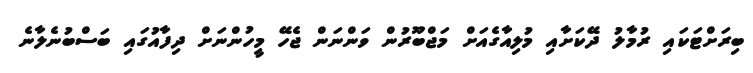
ބިރަށްޓަކައި ރުމާލު ދޭކަށާއި މުލިއާގެއަށް މަޖްބޫރުން ވަންނަން ޖެހޭ މީހުންނަށް ދިފާއުގައި ބަސްބުނެލާނެ